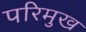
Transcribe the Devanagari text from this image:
परिमुख